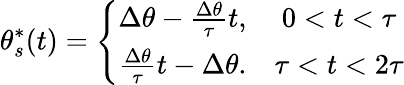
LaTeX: \theta_{s}^{*}(t)=\left\lbrace\begin{array}{cc}{\Delta\theta-\frac{\Delta\theta}{\tau}t,}&{0<t<\tau}\\ {\frac{\Delta\theta}{\tau}t-\Delta\theta.}&{\tau<t<2\tau}\end{array}\right.